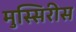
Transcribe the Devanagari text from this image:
मुस्सिरीस